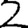
Digit: 2